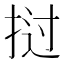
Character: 挝